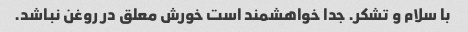
با سلام و تشکر. جدا خواهشمند است خورش معلق در روغن نباشد.